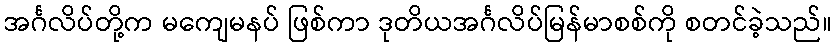
အင်္ဂလိပ်တို့က မကျေမနပ် ဖြစ်ကာ ဒုတိယအင်္ဂလိပ်မြန်မာစစ်ကို စတင်ခဲ့သည်။